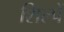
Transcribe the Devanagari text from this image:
शिल्पें